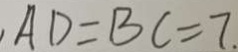
A D = B C = 7 .